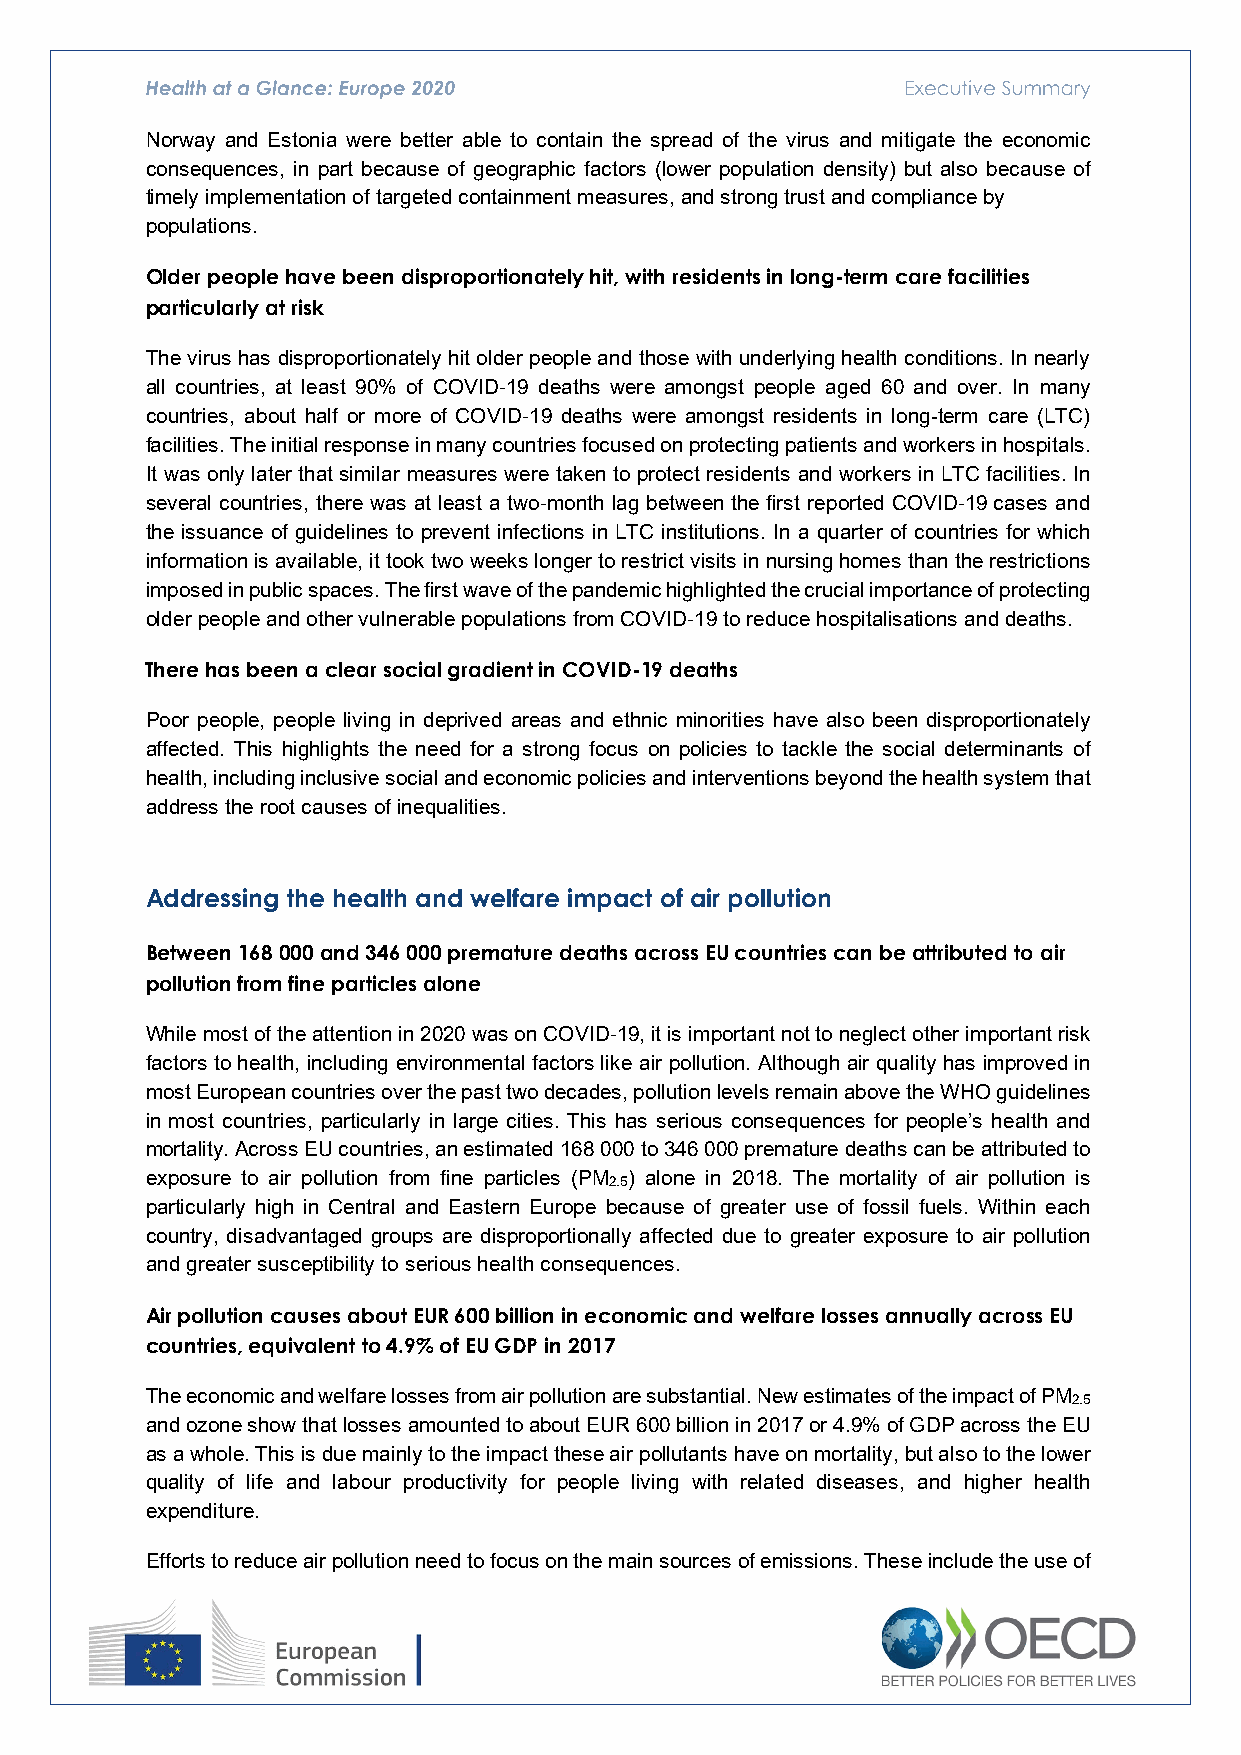
Norway and Estonia were better able to contain the spread of the virus and mitigate the economic
 consequences, in part because of geographic factors (lower population density) but also because of
 timely implementation of targeted containment measures, and strong trust and compliance by
 populations.
 Older people have been disproportionately hit, with residents in long-term care facilities
 particularly at risk
 The virus has disproportionately hit older people and those with underlying health conditions. In nearly
 all countries, at least 90% of COVID 19 deaths were amongst people aged 60 and over. In many
 countries, about half or more of COVID 19 deaths were amongst residents in long-term care (LTC)
 ‑
 facilities. The initial response in many countries focused on protecting patients and workers in hospitals.
 ‑
 It was only later that similar measures were taken to protect residents and workers in LTC facilities. In
 several countries, there was at least a two month lag between the first reported COVID 19 cases and
 the issuance of guidelines to prevent infections in LTC institutions. In a quarter of countries for which
 ‑                          ‑
 information is available, it took two weeks longer to restrict visits in nursing homes than the restrictions
 imposed in public spaces. The first wave of the pandemic highlighted the crucial importance of protecting
 older people and other vulnerable populations from COVID 19 to reduce hospitalisations and deaths.
 ‑
 There has been a clear social gradient in COVID-19 deaths
 Poor people, people living in deprived areas and ethnic minorities have also been disproportionately
 affected. This highlights the need for a strong focus on policies to tackle the social determinants of
 health, including inclusive social and economic policies and interventions beyond the health system that
 address the root causes of inequalities.
 Addressing the health and welfare impact of air pollution
 Between 168 000 and 346 000 premature deaths across EU countries can be attributed to air
 pollution from fine particles alone
 While most of the attention in 2020 was on COVID 19, it is important not to neglect other important risk
 factors to health, including environmental factors like air pollution. Although air quality has improved in
 ‑
 most European countries over the past two decades, pollution levels remain above the WHO guidelines
 in most countries, particularly in large cities. This has serious consequences for people’s health and
 mortality. Across EU countries, an estimated 168 000 to 346 000 premature deaths can be attributed to
 exposure to air pollution from fine particles (PM2.5) alone in 2018. The mortality of air pollution is
 particularly high in Central and Eastern Europe because of greater use of fossil fuels. Within each
 country, disadvantaged groups are disproportionally affected due to greater exposure to air pollution
 and greater susceptibility to serious health consequences.
 Air pollution causes about EUR 600 billion in economic and welfare losses annually across EU
 countries, equivalent to 4.9% of EU GDP in 2017
 The economic and welfare losses from air pollution are substantial. New estimates of the impact of PM2.5
 and ozone show that losses amounted to about EUR 600 billion in 2017 or 4.9% of GDP across the EU
 as a whole. This is due mainly to the impact these air pollutants have on mortality, but also to the lower
 quality of life and labour productivity for people living with related diseases, and higher health
 expenditure.
 Efforts to reduce air pollution need to focus on the main sources of emissions. These include the use of